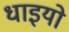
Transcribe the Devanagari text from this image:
धाइयो